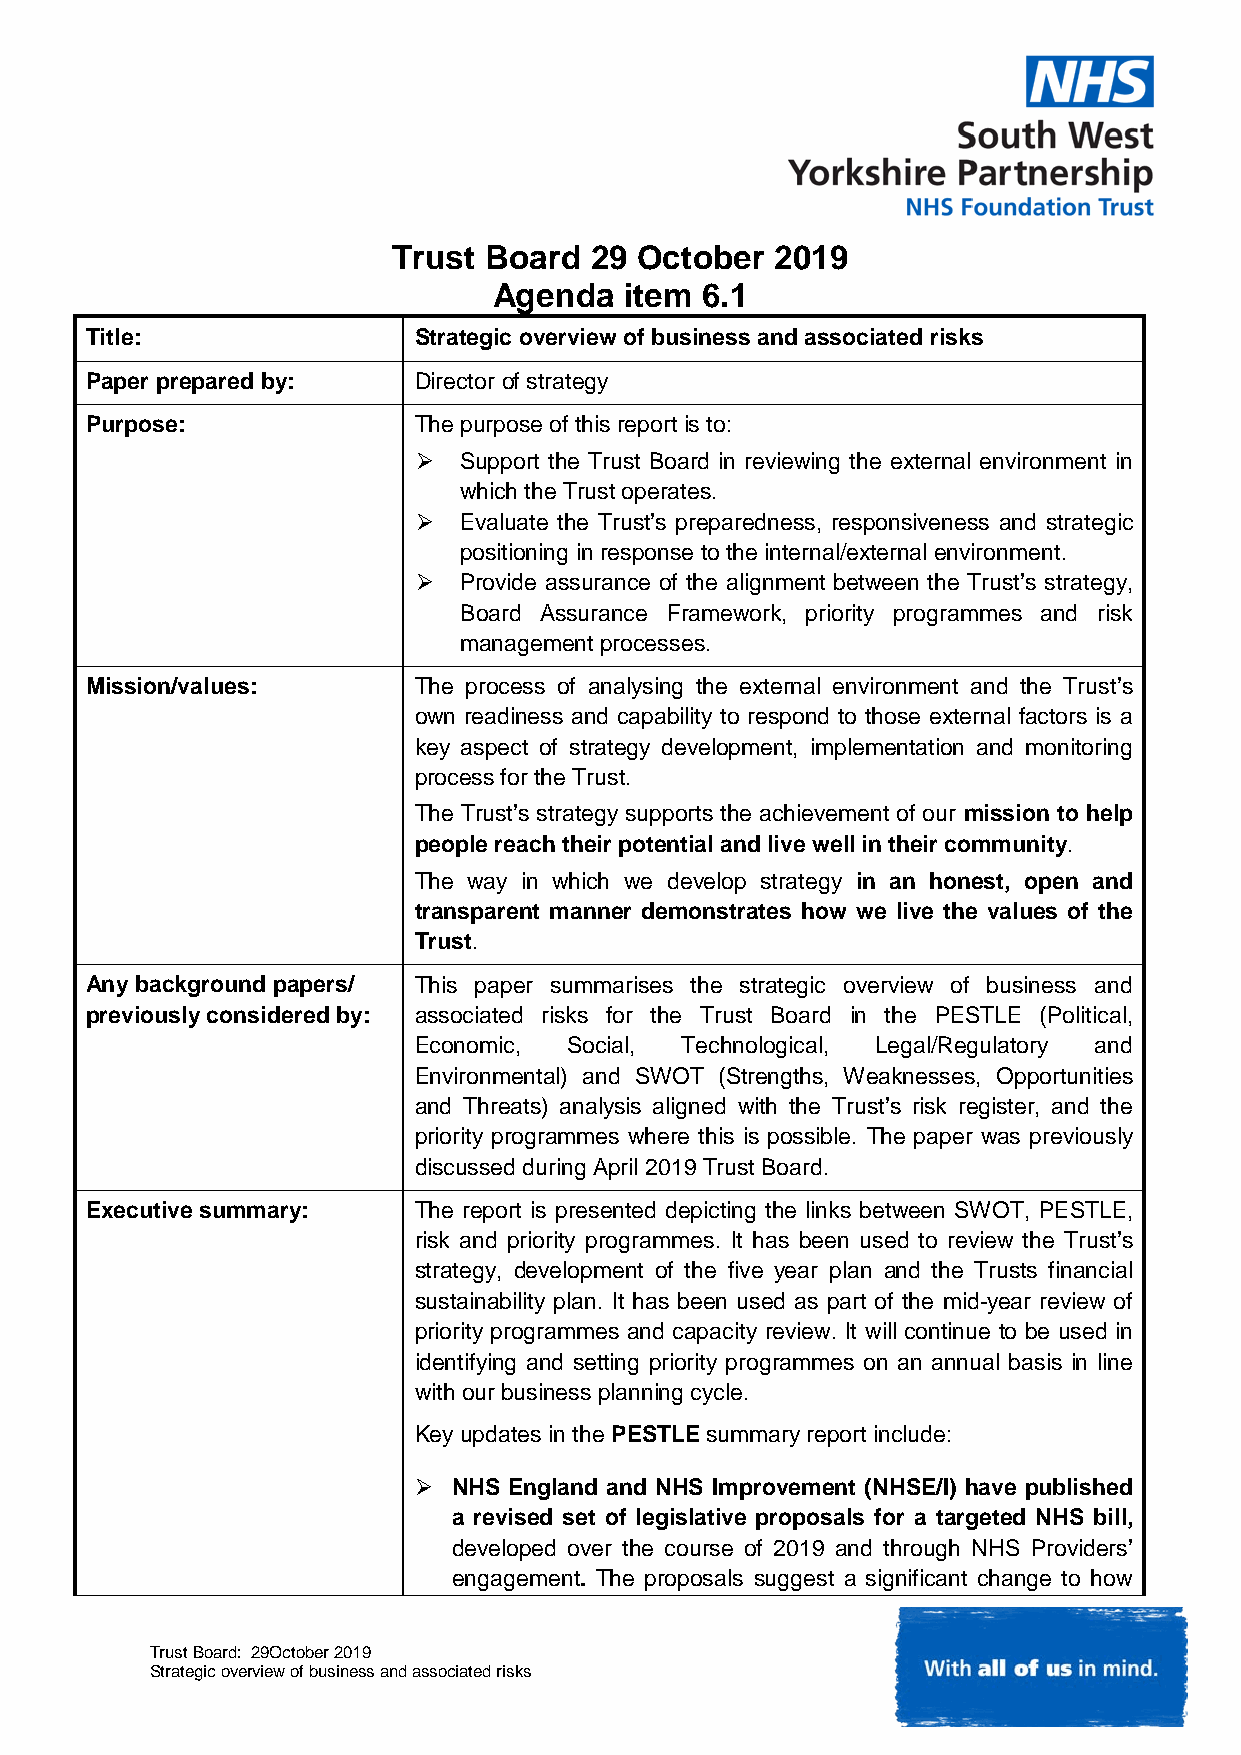
Trust Board  29 October  2019
 Agenda  item 6.1
 Title:               Strategic overview of business and associated risks
 Paper prepared by:   Director of strategy
 Purpose:             The purpose of this report is to:
  Support the Trust Board in reviewing the external environment in
 which the Trust operates.
  Evaluate the Trust’s preparedness, responsiveness and strategic
 positioning in response to the internal/external environment.
  Provide assurance of the alignment between the Trust’s strategy,
 Board Assurance Framework, priority programmes and risk
 management processes.
 Mission/values:      The process of analysing the external environment and the Trust’s
 own readiness and capability to respond to those external factors is a
 key aspect of strategy development, implementation and monitoring
 process for the Trust.
 The Trust’s strategy supports the achievement of our mission to help
 people reach their potential and live well in their community.
 The way in which we develop strategy in an honest, open and
 transparent manner demonstrates how we live the values of the
 Trust.
 Any background papers/ This paper summarises the strategic overview of business and
 previously considered by: associated risks for the Trust Board in the PESTLE (Political,
 Economic,  Social, Technological, Legal/Regulatory and
 Environmental) and SWOT (Strengths, Weaknesses, Opportunities
 and Threats) analysis aligned with the Trust’s risk register, and the
 priority programmes where this is possible. The paper was previously
 discussed during April 2019 Trust Board.
 Executive summary:   The report is presented depicting the links between SWOT, PESTLE,
 risk and priority programmes. It has been used to review the Trust’s
 strategy, development of the five year plan and the Trusts financial
 sustainability plan. It has been used as part of the mid-year review of
 priority programmes and capacity review. It will continue to be used in
 identifying and setting priority programmes on an annual basis in line
 with our business planning cycle.
 Key updates in the PESTLE summary report include:
   NHS England and NHS Improvement (NHSE/I) have published
 a revised set of legislative proposals for a targeted NHS bill,
 developed over the course of 2019 and through NHS Providers’
 engagement. The proposals suggest a significant change to how
 Trust Board: 29October 2019
 Strategic overview of business and associated risks